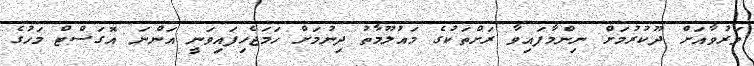
ވަރުވާއަށް ދޫކުރުމަށް ނިންމާފައިވާ ރަށްތަކުގެ މައުލޫމާތު ދިނުމަށް ހަމަޖެހިފައިވަނީ އަންނަ އޮގަސްޓް މަހުގެ